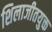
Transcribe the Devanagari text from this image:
शिलाजीतयुक्त